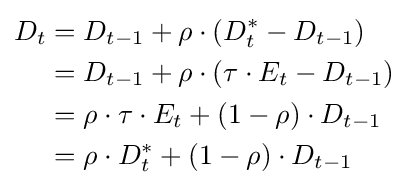
{\begin{aligned}D_{t}&=D_{t-1}+\rho \cdot \left(D_{t}^{*}-D_{t-1}\right)\\&=D_{t-1}+\rho \cdot \left(\tau \cdot E_{t}-D_{t-1}\right)\\&=\rho \cdot \tau \cdot E_{t}+(1-\rho )\cdot D_{t-1}\\&=\rho \cdot D_{t}^{*}+(1-\rho )\cdot D_{t-1}\end{aligned}}